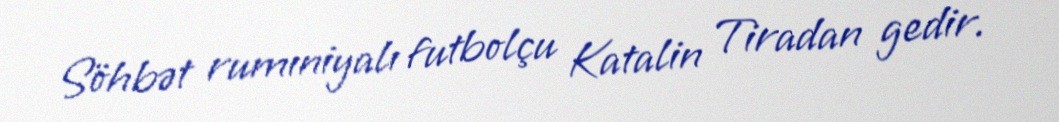
Söhbət rumıniyalı futbolçu Katalin Tiradan gedir.